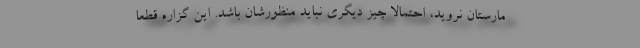
مارستان نروید، احتمالاً چیز دیگری نباید منظورشان باشد. این گزاره قطعاً